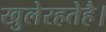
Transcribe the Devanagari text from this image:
खुलेरहतेहै।